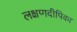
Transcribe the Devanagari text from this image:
लक्षणदीपिका